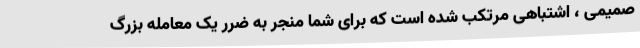
صمیمی ، اشتباهی مرتکب شده است که برای شما منجر به ضرر یک معامله بزرگ